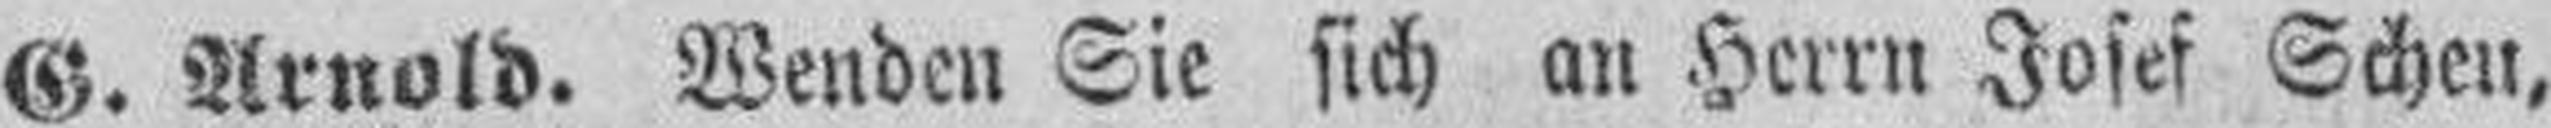
G. Arnold. Wenden Sie sich an Herrn Josef Scheu,